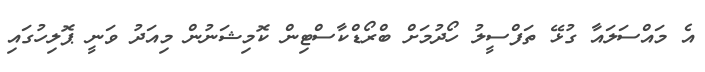
އެ މައްސަލައާ ގުޅޭ ތަފްސީލު ހޯދުމަށް ބްރޯޑްކާސްޓިން ކޮމިޝަނުން މިއަދު ވަނީ ޕޮލިހުގައި